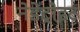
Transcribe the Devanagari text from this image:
नेडेट्रोइट